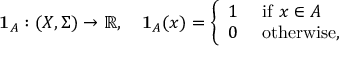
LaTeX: \mathbf { 1 } _ { A } : ( X , \Sigma ) \to \mathbb { R } , \quad \mathbf { 1 } _ { A } ( x ) = { \left\{ \begin{array} { l l } { 1 } & { { \mathrm { ~ i f ~ } } x \in A } \\ { 0 } & { { \mathrm { ~ o t h e r w i s e } } , } \end{array} \right. }